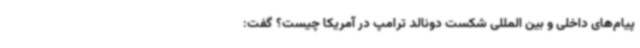
پیام‌های داخلی و بین المللی شکست دونالد ترامپ در آمریکا چیست؟ گفت: